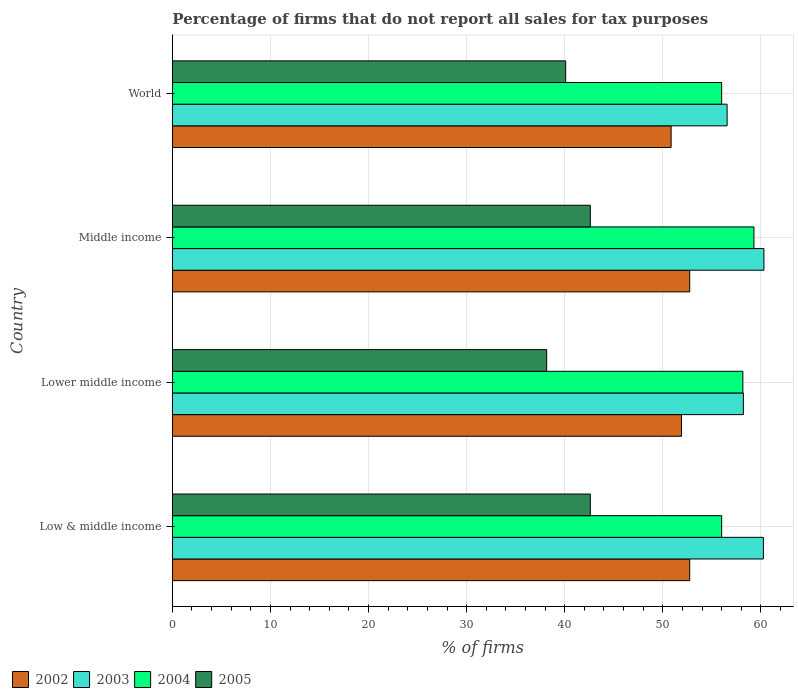
| Country | 2002 | 2003 | 2004 | 2005 |
 | --- | --- | --- | --- | --- |
 | Low & middle income | 52.7 | 60.3 | 56 | 42.6 |
 | Lower middle income | 51.9 | 58.2 | 58.2 | 38.2 |
 | Middle income | 52.7 | 60.3 | 59.3 | 42.6 |
 | World | 50.9 | 56.6 | 56 | 40.1 |